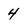
Character: 4